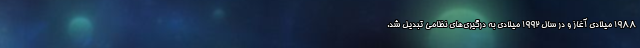
۱۹۸۸ میلادی آغاز و در سال ۱۹۹۲ میلادی به درگیری‌های نظامی تبدیل شد.